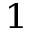
^ { 1 }